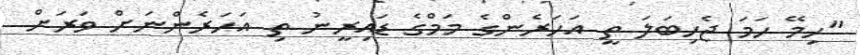
"ހިމޭ ހަމަ ޖެހިބަލަ ތީ އަހަރެންގެ މަމްގެ ޑައިރީނު ތި އަހަރެންނަށް ވަރަށް